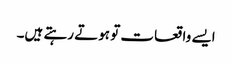
ایسے واقعات تو ہوتے رہتے ہیں۔